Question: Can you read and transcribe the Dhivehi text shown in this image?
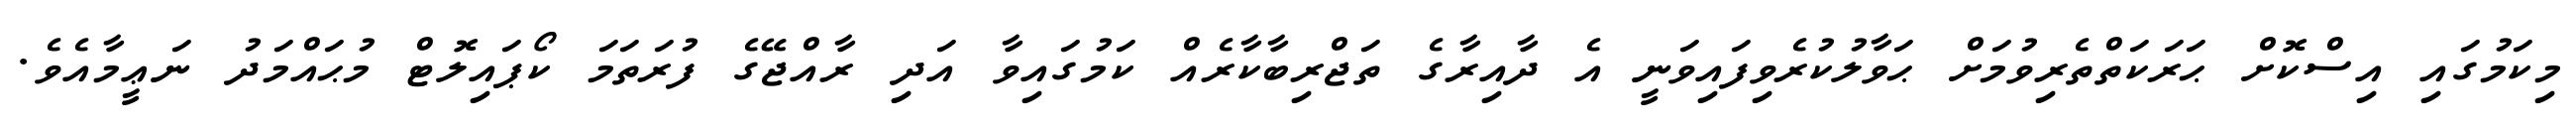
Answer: މިކަމުގައި އިސްކޮށް ޙަރަކަތްތެރިވުމަށް ޙަވާލުކުރެވިފައިވަނީ އެ ދާއިރާގެ ތަޖްރިބާކާރެއް ކަމުގައިވާ އަދި ރާއްޖޭގެ ފުރަތަމަ ކޯޕައިލޮޓް މުޙައްމަދު ނަޢީމާއެވެ.